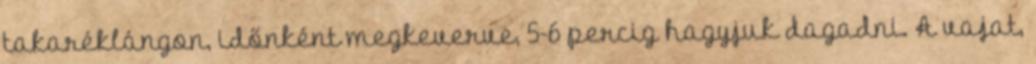
takaréklángon, időnként megkeverve, 5-6 percig hagyjuk dagadni. A vajat,